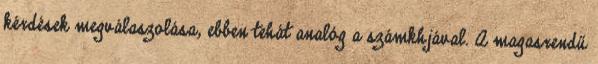
kérdések megválaszolása, ebben tehát analóg a számkhjával. A magasrendű